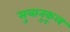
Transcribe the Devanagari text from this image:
सुत्रानुकूल